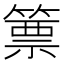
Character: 篻